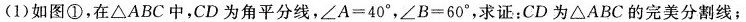
(1)如图①，在△ABC中，CD为角平分线，$$∠ A = 4 0 °$$，$$∠ B = 6 0 °$$，求证：CD为△ABC的完美分割线；